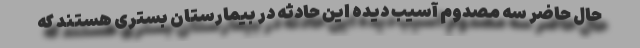
حال حاضر سه مصدوم آسیب دیده این حادثه در بیمارستان بستری هستند که